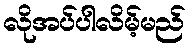
လိုအပ်ပါလိမ့်မည်